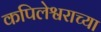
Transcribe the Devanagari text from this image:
कपिलेश्वराच्या